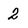
Character: 2